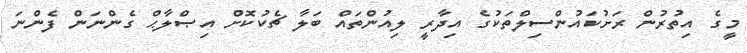
މީގެ އިތުރުން ރަށުކައުންސިލްތަކުގެ އިދާރީ ލިއުންތައް ބަލާ ޗެކުކޮށް އިޞްލާޙް ގެންނަން ފެންނަ